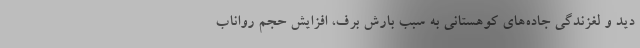
دید و لغزندگی جاده‌های کوهستانی به سبب بارش برف، افزایش حجم رواناب